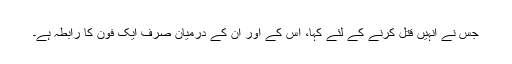
جس نے انہیں قتل کرنے کے لئے کہا، اس کے اور ان کے درمیان صرف ایک فون کا رابطہ ہے۔